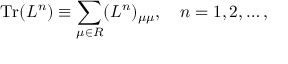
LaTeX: \mathrm { T r } ( L ^ { n } ) \equiv \sum _ { \mu \in { \cal R } } ( L ^ { n } ) _ { \mu \mu } , \quad n = 1 , 2 , \ldots ,